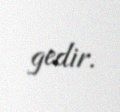
gedir.